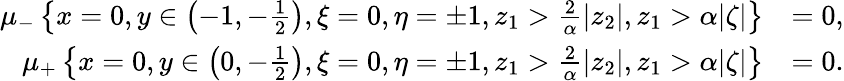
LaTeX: \begin{array}{rl}{\mu_{-}\left\{ x=0,y\in\left(-1,-\frac{1}{2}\right),\xi=0,\eta=\pm 1,z_{1}>\frac{2}{\alpha}|z_{2}|,z_{1}>\alpha|\zeta|\right\} }&{=0,}\\ {\mu_{+}\left\{ x=0,y\in\left(0,-\frac{1}{2}\right),\xi=0,\eta=\pm 1,z_{1}>\frac{2}{\alpha}|z_{2}|,z_{1}>\alpha|\zeta|\right\} }&{=0.}\end{array}